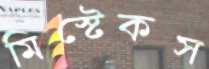
মিস্টেকস